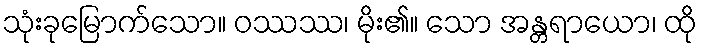
သုံးခုမြောက်သော။ ဝဿဿ၊ မိုး၏။ သော အန္တရာယော၊ ထို